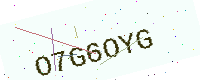
Text: O7G6OYG